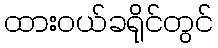
ထားဝယ်ခရိုင်တွင်